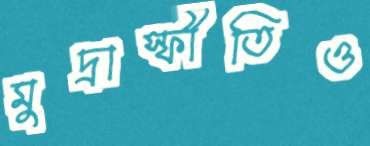
মুদ্রাস্ফীতিও